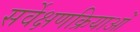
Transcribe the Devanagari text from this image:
सर्वेक्षणक्रियाओं